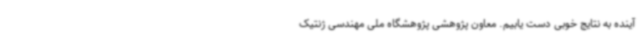
آینده به نتایج خوبی دست یابیم. معاون پژوهشی پژوهشگاه ملی مهندسی ژنتیک